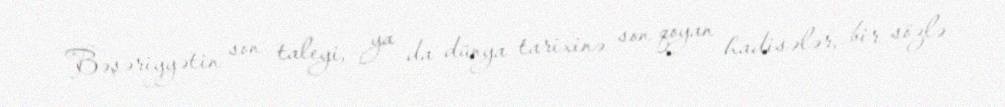
Bəşəriyyətin son taleyi, ya da dünya tarixinə son qoyan hadisələr, bir sözlə